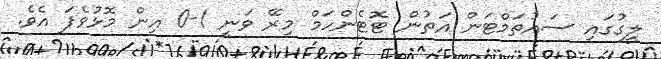
ލީގުގައި ސައުތަމްޓަން އަތުން ޓޮޓެންހަމް މިރޭ ވަނީ 1-0 އިން މޮޅުވެފަ އެވެ.